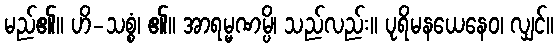
မည်၏။ ဟိ-သစ္စံ၊ ၏။ အာရမ္မဏမ္ပိ၊ သည်လည်း။ ပုရိမနယေနေဝ၊ လျှင်။